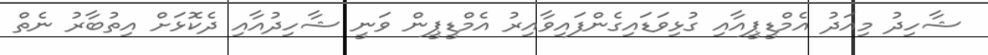
ޝާހިދު މިއަދު އެމްޑީޕީއާއި ގުޅިވަޑައިގެންފައިވާއިރު އެމްޑީޕީން ވަނީ ޝާހިދުއާއި ދެކޮޅަށް އިތުުބާރު ނެތް